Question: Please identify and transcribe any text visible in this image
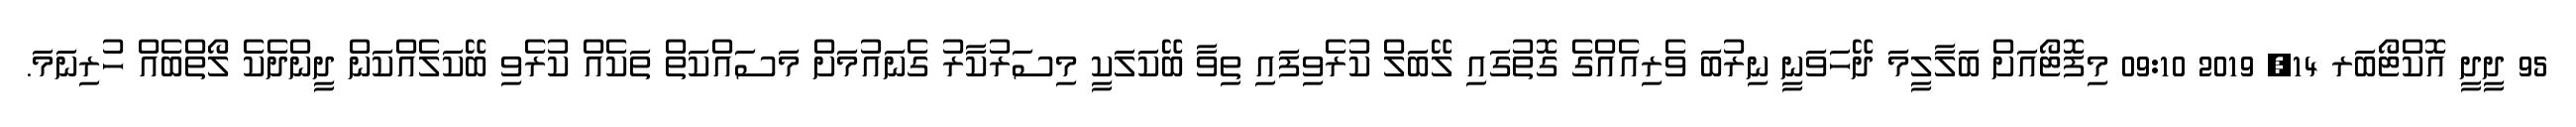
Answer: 95 ދީދީ އޮކްޓޯބަރ 14, 2019 09:10 މިފޮޓޯއަށް ބަލާލީމަ ދޭހަވަނީ ނިރުބަ ވެރިއެއްގެ ގޮތުގައި ލޭބަލް ކުރެވިފައި ތިވާ ބޭކަލަކީ މިސަރުކާރު ގެނައުމަށް މަސައްކަތް ތަކެއް ކުރެވި ބޭކަލެއްކަން ދީންދެކެ ލޯތްބެއް ހުރިނަމަ.